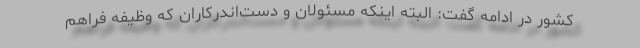
کشور در ادامه گفت: البته اینکه مسئولان و دست‌اندرکاران که وظیفه فراهم